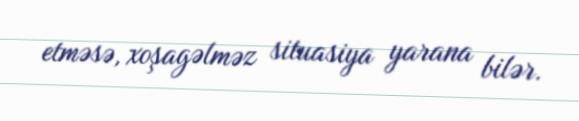
etməsə, xoşagəlməz situasiya yarana bilər.